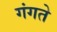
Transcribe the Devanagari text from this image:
गंगते